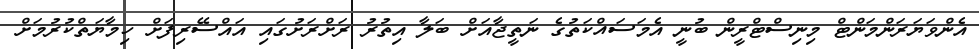
އެންވަޔަރަންމަންޓް މިނިސްޓްރީން ބުނީ އެމަސައްކަތުގެ ނަތީޖާއަށް ބަލާ އިތުރު ރަށްރަށުގައި އައްސޭރިފަށް ހިމާޔަތްކުރުމަށް